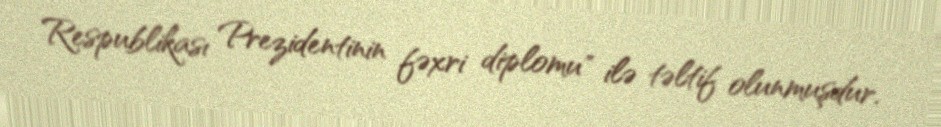
Respublikası Prezidentinin fəxri diplomu" ilə təltif olunmuşdur.